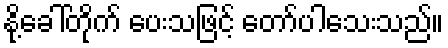
နို့ခေါ်တိုက် ပေးသဖြင့် တော်ပါသေးသည်။